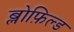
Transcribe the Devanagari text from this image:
ब्लोफ़िल्ड